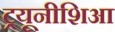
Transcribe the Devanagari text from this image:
ट्रयूनीशिआ